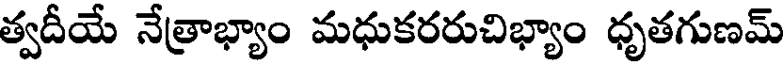
త్వదీయే నేత్రాభ్యాం మధుకరరుచిభ్యాం ధృతగుణమ్